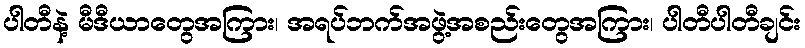
ပါတီနဲ့ မီဒီယာတွေအကြား၊ အရပ်ဘက်အဖွဲ့အစည်းတွေအကြား၊ ပါတီပါတီချင်း